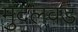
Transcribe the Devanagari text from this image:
मुंदलवड